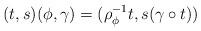
LaTeX: \begin{align*}(t,s)(\phi,\gamma) = (\rho_\phi^{-1} t, s(\gamma \circ t) )\end{align*}